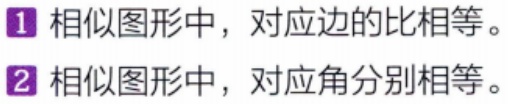
1. 相似图形中，对应边的比相等。

2. 相似图形中，对应角分别相等。